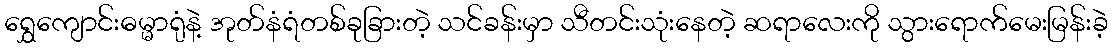
ရွှေကျောင်းဓမ္မာရုံနဲ့ အုတ်နံရံတစ်ခုခြားတဲ့ သင်ခန်းမှာ သီတင်းသုံးနေတဲ့ ဆရာလေးကို သွားရောက်မေးမြန်းခဲ့